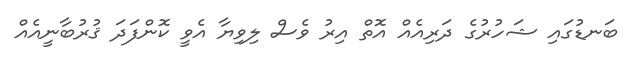
ބަނޑުގައި ޝަހުރުގެ ދަރިއެއް އޮތް އިރު ވެސް ލިވިޔާ އެވީ ކޮންފަދަ ޤުރުބާނީއެއް